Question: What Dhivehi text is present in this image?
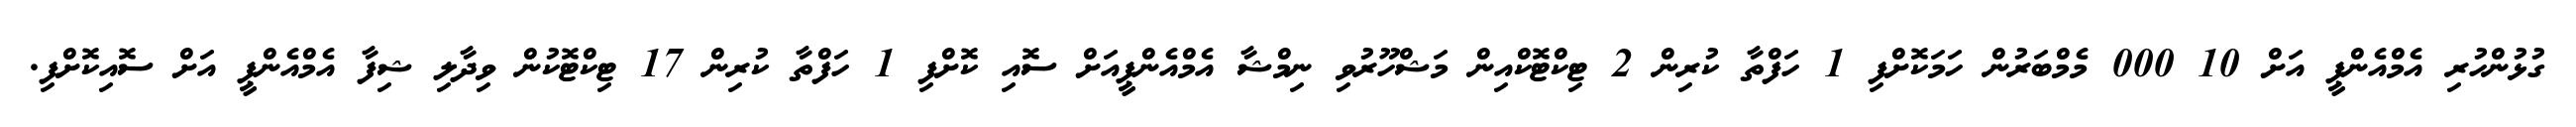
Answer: ގުޅުންހުރި އެމްއެންޕީ އަށް 10 000 މެމްބަރުން ހަމަކޮށްފި 1 ހަފްތާ ކުރިން 2 ޓިކްޓޮކްއިން މަޝްހޫރުވި ނިމްޝާ އެމްއެންޕީއަށް ސޮއި ކޮށްފި 1 ހަފްތާ ކުރިން 17 ޓިކްޓޮކުން ވިދާލި ޝިފާ އެމްއެންޕީ އަށް ސޮއިކޮށްފި.